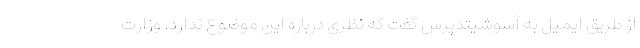
از طریق ایمیل به آسوشیتدپرس گفت که نظری درباره این موضوع ندارد. وزارت